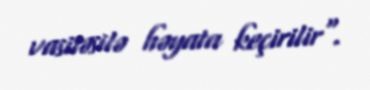
vasitəsilə həyata keçirilir".